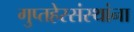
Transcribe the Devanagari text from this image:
गुप्तहेरसंस्थांना